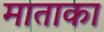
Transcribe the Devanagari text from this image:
माताका